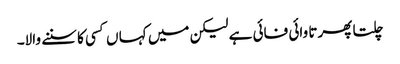
چلتا پھرتا وائی فائی ہے لیکن میں کہا ں کسی کا سننے والا۔